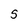
Character: S